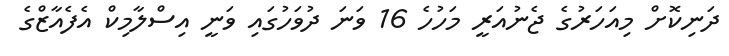
ދަނިކޮށް މިއަހަރުގެ ޖެނުއަރީ މަހުހެ 16 ވަނަ ދުވަހުގައި ވަނީ އިސްލާމިކް އެފެއާޒްގެ